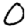
Digit: 0